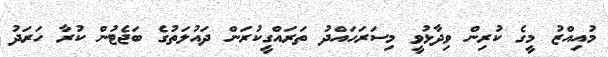
މުއިއްޒު މީގެ ކުރިން ވިދާޅުވީ މިސަރަހައްދު ތަރައްގީކުރަން ދައުލަތުގެ ބަޖެޓުން ކުރާ ހަރަދު